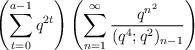
LaTeX: \begin{align*} \left(\sum_{t=0}^{a-1} q^{2t} \right)\left(\sum_{n=1}^\infty \frac{q^{n^2}}{(q^4;q^2)_{n-1}}\right)\end{align*}